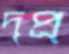
দৃপ্র